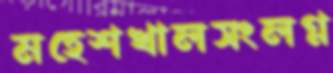
মহেশখালসংলগ্ন